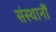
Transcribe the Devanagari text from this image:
संस्थानौं